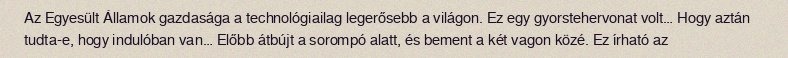
Az Egyesült Államok gazdasága a technológiailag legerősebb a világon. Ez egy gyorstehervonat volt… Hogy aztán tudta-e, hogy indulóban van… Előbb átbújt a sorompó alatt, és bement a két vagon közé. Ez írható az